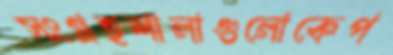
সংগ্রহশালাগুলোকেপ